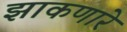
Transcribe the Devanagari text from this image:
झाकणारे